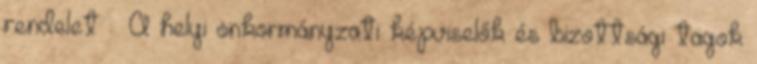
rendelet – A helyi önkormányzati képviselők és bizottsági tagok